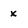
Character: x